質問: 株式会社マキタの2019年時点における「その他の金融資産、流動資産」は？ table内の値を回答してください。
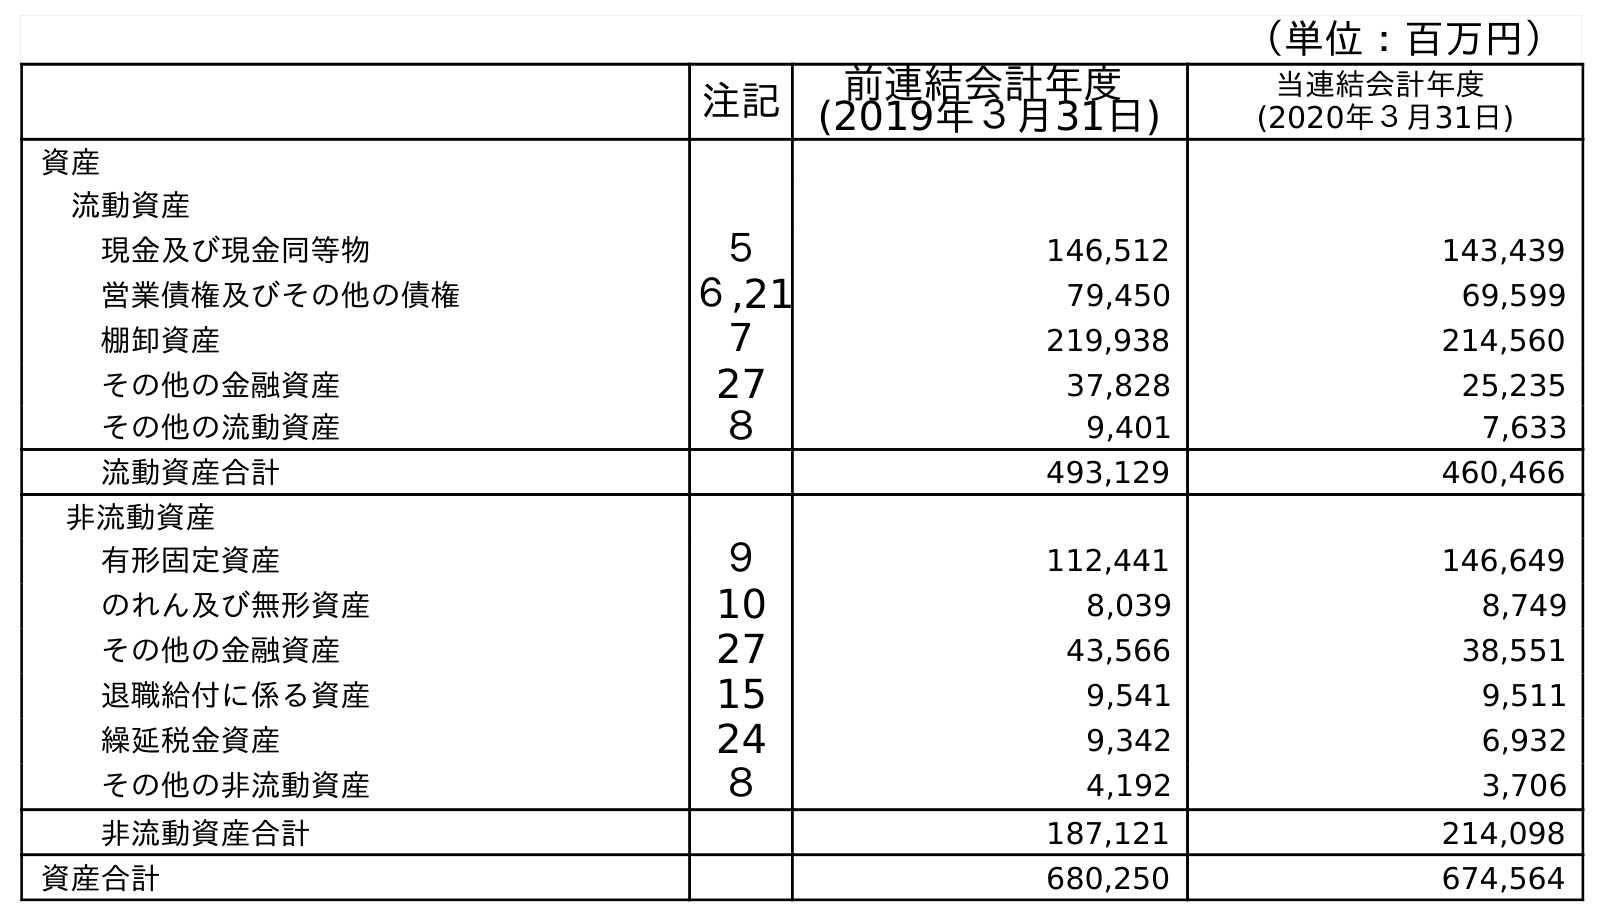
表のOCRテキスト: （単位：百万円） 注記 前連結会計年度 (2019年３月31日) 当連結会計年度 (2020年３月31日) 資産 流動資産 現金及び現金同等物 ５ 146,512 143,439 営業債権及びその他の債権 ６,21 79,450 69,599 棚卸資産 ７ 219,938 214,560 その他の金融資産 27 37,828 25,235 その他の流動資産 ８ 9,401 7,633 流動資産合計 493,129 460,466 非流動資産 有形固定資産 ９ 112,441 146,649 のれん及び無形資産 10 8,039 8,749 その他の金融資産 27 43,566 38,551 退職給付に係る資産 15 9,541 9,511 繰延税金資産 24 9,342 6,932 その他の非流動資産 ８ 4,192 3,706 非流動資産合計 187,121 214,098 資産合計 680,250 674,564
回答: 37,828